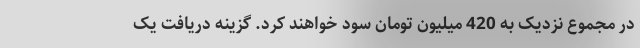
در مجموع نزدیک به 420 میلیون تومان سود خواهند کرد. گزینه دریافت یک